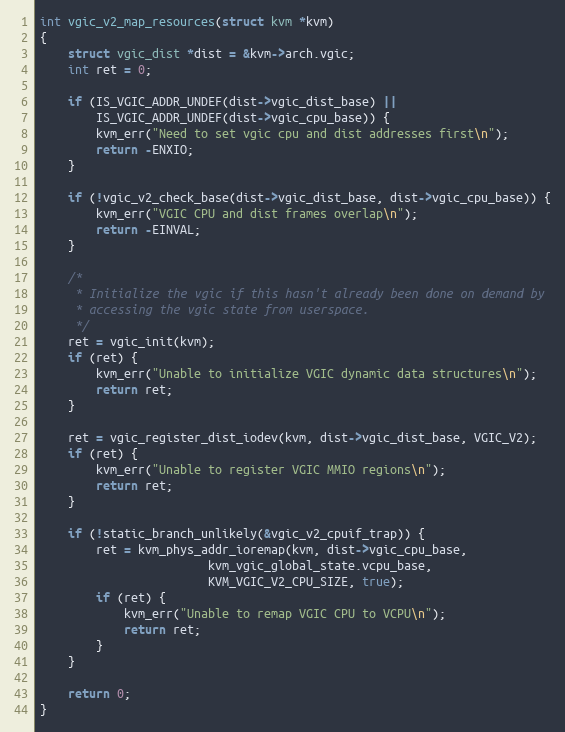
Language: C
int vgic_v2_map_resources(struct kvm *kvm)
{
	struct vgic_dist *dist = &kvm->arch.vgic;
	int ret = 0;

	if (IS_VGIC_ADDR_UNDEF(dist->vgic_dist_base) ||
	    IS_VGIC_ADDR_UNDEF(dist->vgic_cpu_base)) {
		kvm_err("Need to set vgic cpu and dist addresses first\n");
		return -ENXIO;
	}

	if (!vgic_v2_check_base(dist->vgic_dist_base, dist->vgic_cpu_base)) {
		kvm_err("VGIC CPU and dist frames overlap\n");
		return -EINVAL;
	}

	/*
	 * Initialize the vgic if this hasn't already been done on demand by
	 * accessing the vgic state from userspace.
	 */
	ret = vgic_init(kvm);
	if (ret) {
		kvm_err("Unable to initialize VGIC dynamic data structures\n");
		return ret;
	}

	ret = vgic_register_dist_iodev(kvm, dist->vgic_dist_base, VGIC_V2);
	if (ret) {
		kvm_err("Unable to register VGIC MMIO regions\n");
		return ret;
	}

	if (!static_branch_unlikely(&vgic_v2_cpuif_trap)) {
		ret = kvm_phys_addr_ioremap(kvm, dist->vgic_cpu_base,
					    kvm_vgic_global_state.vcpu_base,
					    KVM_VGIC_V2_CPU_SIZE, true);
		if (ret) {
			kvm_err("Unable to remap VGIC CPU to VCPU\n");
			return ret;
		}
	}

	return 0;
}